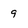
Character: 9